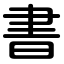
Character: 書